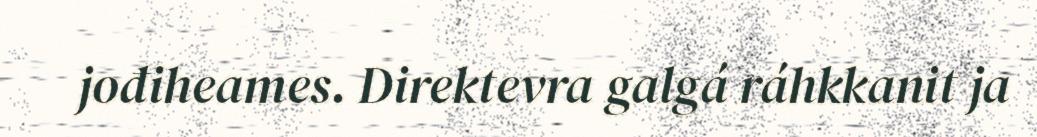
jođiheames. Direktevra galgá ráhkkanit ja